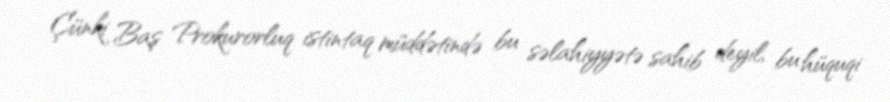
Çünki Baş Prokurorluq istintaq müddətində bu səlahiyyətə sahib deyil, bu hüquqi